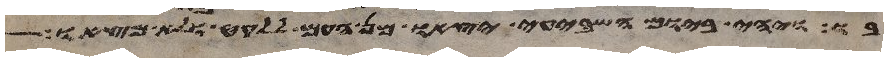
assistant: בו ויהי ביום השביעי יצאו מן העם ללקט ולא מצאו